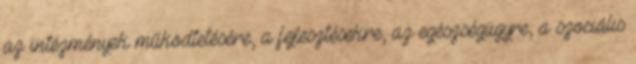
az intézmények működtetésére, a fejlesztésekre, az egészségügyre, a szociális